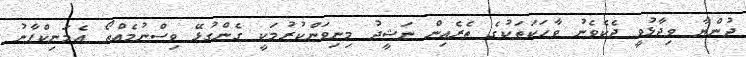
ދުންޔާ ވިދާޅުވީ ދެކެވެނު ވާހަކަތަކުގެ ތެރެއިން ނަޝީދު މިނިވަންކުރުމަކީ ގެންގުޅޭ ވިސްނުމެއްތޯ އެމަނިކްފާނު